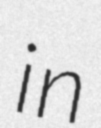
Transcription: in